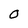
Character: 0